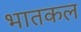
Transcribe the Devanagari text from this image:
भातकल